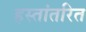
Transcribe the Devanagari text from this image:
हस्‍तांतरित